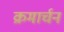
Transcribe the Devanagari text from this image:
क्रमार्चन